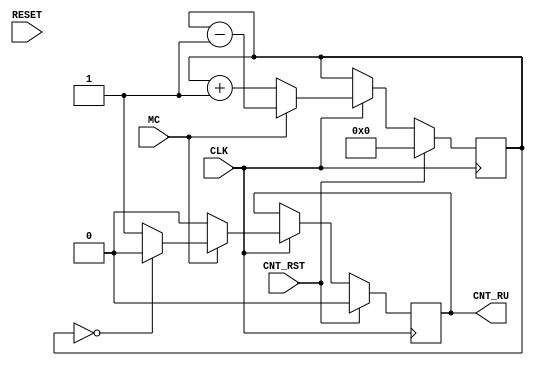
module max_counter(
   input wire CLK,
   input wire CNT_RST,
   input wire RESET,
   input wire MC,// max counter enable
   output reg CNT_RU
   );

   // Maximum count for horizontal movement (it sets the servos limits)
   reg [16:0] currcount = 15'b000_000_000_000_000; // **TODO: value to be defined

   // Reduced count to view all the calibration steps in a reasonable simulation
   // time
   // reg [3:0] currcount = 4'b0_000; // **TODO: value to be defined

   always @(posedge CLK) begin : P1

      if(CNT_RST == 1'b1 /* | RESET == 1'b1*/) begin
         currcount <= 15'b000_000_000_000_000;
         // currcount <= 4'b0_000;
         CNT_RU <= 1'b0;
      end
      else if (CLK == 1'b1) begin
         if(MC == 1'b0) begin
            currcount <= currcount + 1;
            CNT_RU <= 1'b0;
         end
         else if(MC == 1'b1) begin
            currcount <= currcount - 1;
            if(currcount == 15'b000_000_000_000_000) begin
            // if(currcount == 4'b0_000) begin
               CNT_RU <= 1'b0;
            end
            else begin
               CNT_RU <= 1'b1;
            end
         end
      end
   end

   endmodule


// module max_counter(
//    input wire CLK,
//    input wire MC, // horizontal sweep enable FSM defined
//    input wire PWM_limit_cw_H, // horizontal sweep enable FSM defined
//    input wire PWM_limit_cw_V, // horizontal sweep enable FSM defined
//    output reg CNT_RU // counter left enable
// );
//
// // Maximum count for horizontal movement (it sets the servos limits)
// //reg [12:0] currcount = 13'b0_000_000_000_000; // **TODO: value to be defined
//
// // Reduced count to view all the calibration steps in a reasonable simulation
// // time
// // reg [8:0] currcount = 9'b000_000_000; // **TODO: value to be defined
//
// always @(posedge CLK, posedge MC) begin : P1
//
//    if(MC == 1'b1 & (PWM_limit_cw_H == 1'b1 | PWM_limit_cw_V == 1'b1)) begin
//          CNT_RU <= 1'b1;
//    end
//    else begin
//       //currcount <= 13'b0_000_000_000_000;
//       CNT_RU <= 1'b0;
//    end
// end
//
//
// endmodule


// //--------------------------------------------------------------------------------
// // Module Name: max_counter - Behavioral
// // Project Name: 
// // Target Devices: 
// // Description: Counter that incremetns throughout the whole time the system
// //              is calibrating. The counter increments by one every time it
// //              goes through the rising edge od the clock signal. whenever
// //              a new max value is detected by the comparator, it sends
// //              a reset signal to the max counter. In that case the current
// //              count that the max counter has restarts back to zero and
// //              continues to increment until the horizontal or veritcal
// //              counter reaches the end off its sweep cycle. When e the
// //              increment is finished its control signal causes the max
// //              counter to starts decrementing and during the decrement is
// //              sent a control signal to the FSM which moves th eservo back to
// //              the direction of the max voltage
// // 
// // Dependencies: 
// // 
// // Additional Comments:
// // 
// //--------------------------------------------------------------------------------
//
// module max_counter(
//    input wire CLK,
//    input wire CNT_RST,
//    input wire RESET,
//    input wire MC,// max counter enable
//    output reg CNT_RU
//    );
//
//    // Maximum count for horizontal movement (it sets the servos limits)
//    reg [12:0] currcount = 13'b0_000_000_000_000; // **TODO: value to be defined
//
//    // Reduced count to view all the calibration steps in a reasonable simulation
//    // time
//    // reg [3:0] currcount = 4'b0_000; // **TODO: value to be defined
//
//    always @(CLK,CNT_RST,RESET,MC) begin : P1
//
//       if(CNT_RST == 1'b1 | RESET == 1'b1) begin
//          currcount <= 13'b0_000_000_000_000;
//          // currcount <= 4'b0_000;
//          CNT_RU <= 1'b0;
//       end
//       else if (CLK == 1'b1) begin
//          if(MC == 1'b0) begin
//             currcount <= currcount + 1;
//             CNT_RU <= 1'b0;
//          end
//          else if(MC == 1'b1) begin
//             currcount <= currcount - 1;
//             if(currcount == 13'b0_000_000_000_000) begin
//             // if(currcount == 4'b0_000) begin
//                CNT_RU <= 1'b0;
//             end
//             else begin
//                CNT_RU <= 1'b1;
//             end
//          end
//       end
//    end
//
//    endmodule